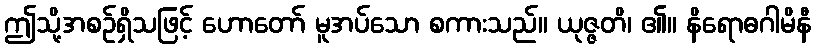
ဤသို့အစဉ်ရှိသဖြင့် ဟောတော် မူအပ်သော စကားသည်။ ယုဇ္ဇတိ၊ ၏။ နိရောဓဂါမိနီ